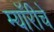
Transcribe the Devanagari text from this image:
म्यॉरीचे